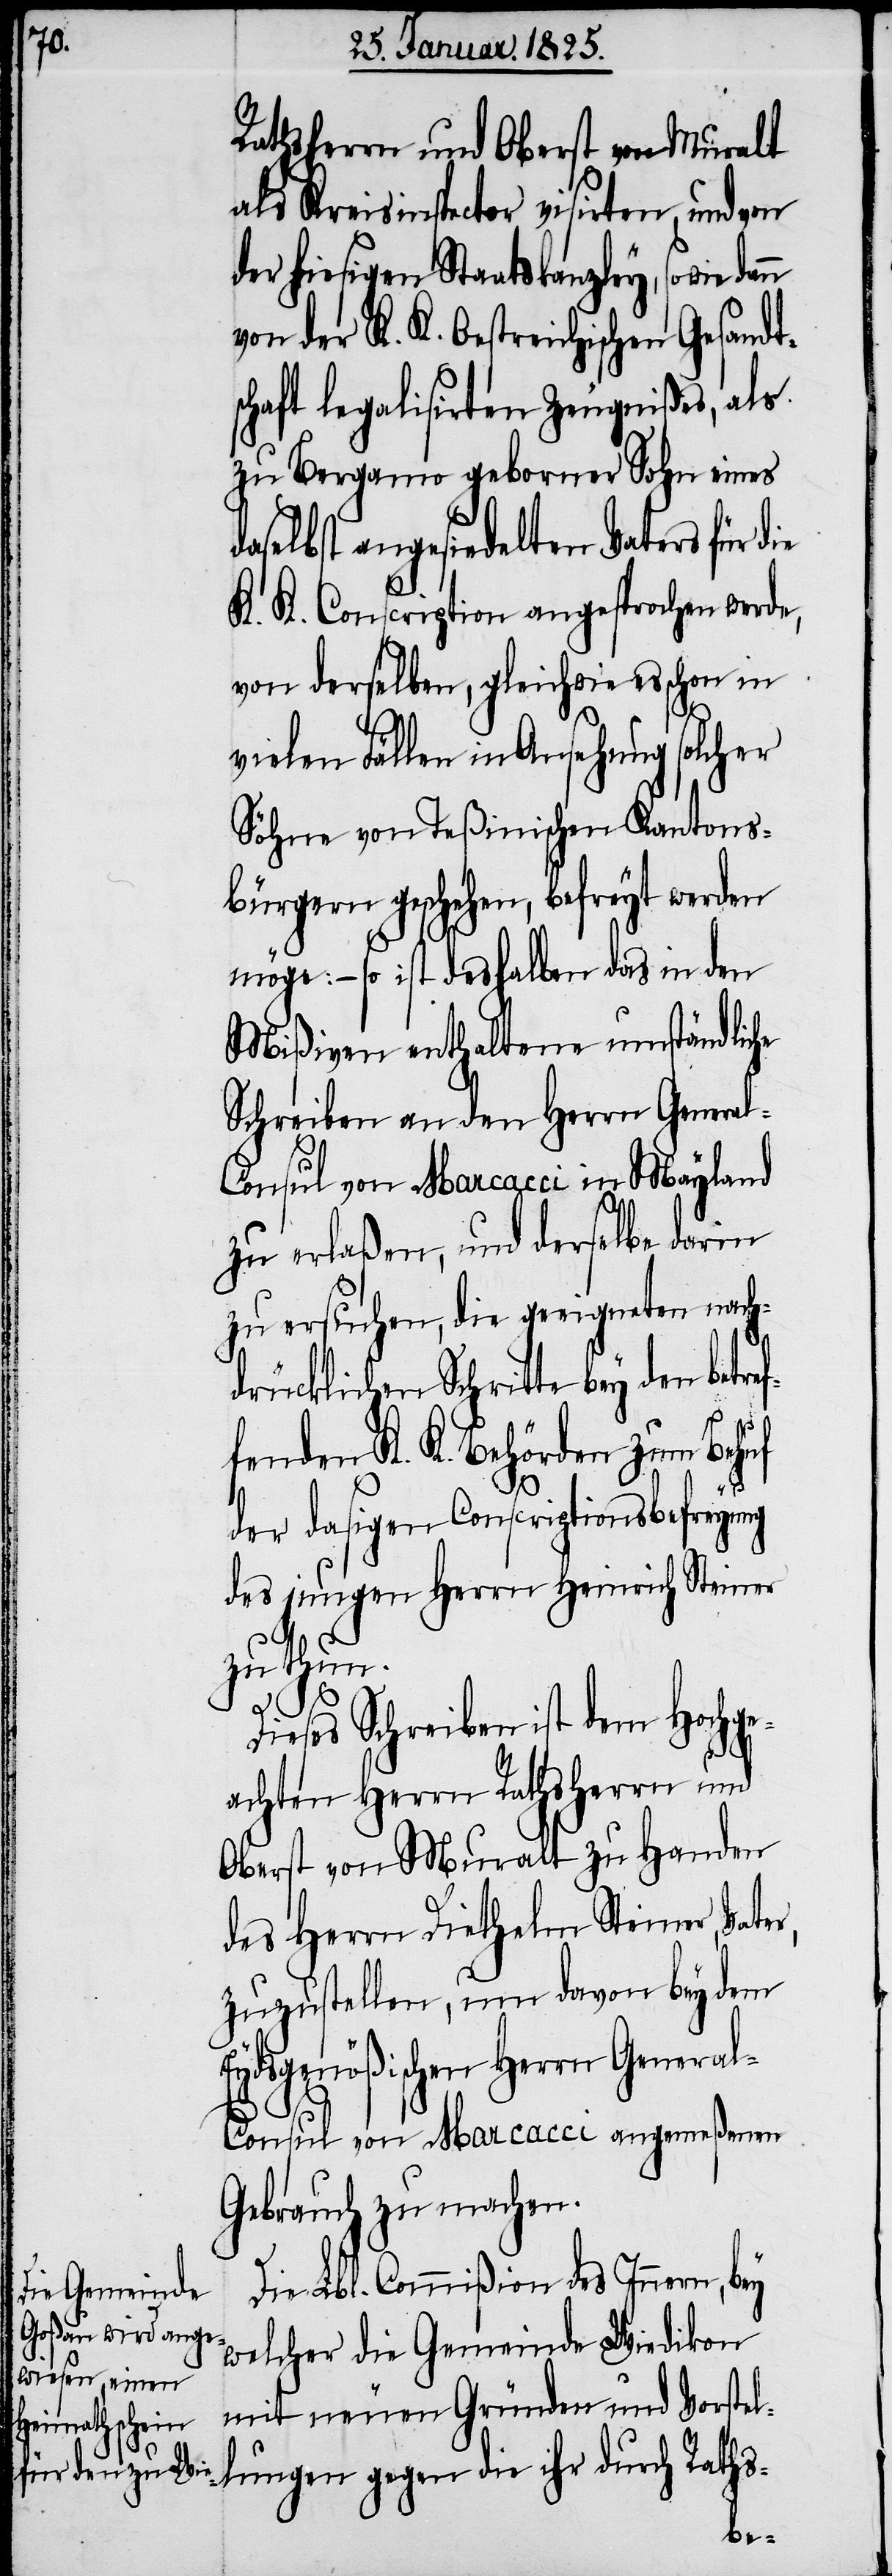
Rathsherrn und Oberst von Muralt
als Kreisinspector visirten, und von
der hiesigen Staatskanzley, sowie
von der K. K. Oestreichischen Gesandt¬
chaft legalisirten Zeugnißes, als
zu Bergamo geborner Sohn eines
aselbst angesiedelten Vaters für die
K. K. Conscription angesprochen werde,
von derselben, gleichwie es schon in
vielen Fällen in Ansehung solcher
Söhne von Teßinischen Kantons¬
bürgern geschehen, befreyt werden
möge: − so ist deshalben das in den
Mißiven enthaltene umständliche
Schreiben an den Herrn General-C¬
onsul von Marcacci in Mayland
zu erlaßen, und derselbe darin
zu ersuchen, die geeigneten nach¬
drücklichen Schritte bey den betre¬
fenden K. K. Behörden zum Behuf
der dasigen Conscriptionsbefreyung
des jungen Herrn Heinrich Steiner
zu thun.
Dieses Schreiben ist dem Hochge¬
achten Herrn Rathsherrn und
Oberst von Muralt zu Handen
des Herrn Diethelm Steiner, Vate¬
zuzustellen, um davon bey dem
Eydsgenößischen Herrn Genera¬
l-Consul von Marcacci angemeßenen
Gebrauch zu machen.
Die Lbl. Commißion des Innern, bey
welcher die Gemeinde Wiedikon
mit neuen Gründen und Vorstel¬
lungen gegen die ihr durch Raths-
r,